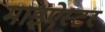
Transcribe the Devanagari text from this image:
माइऐस्टर